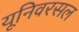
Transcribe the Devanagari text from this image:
यूनिवरसल